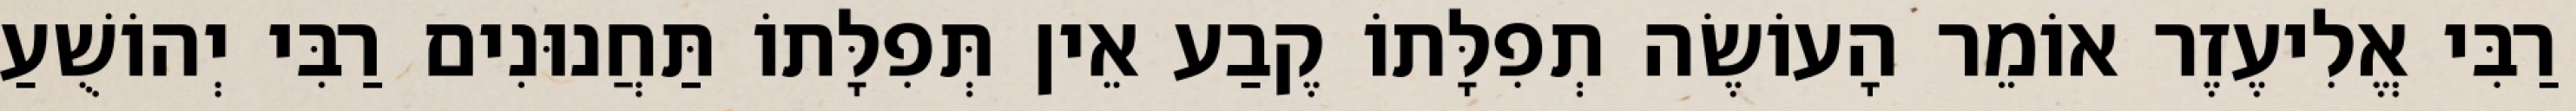
רַבִּי אֱלִיעֶזֶר אוֹמֵר הָעוֹשֶׂה תְפִלָּתוֹ קֶבַע אֵין תְּפִלָּתוֹ תַּחֲנוּנִים רַבִּי יְהוֹשֻׁעַ